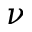
\nu